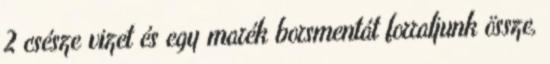
2 csésze vizet és egy marék borsmentát forraljunk össze,